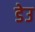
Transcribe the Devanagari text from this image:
डेउ